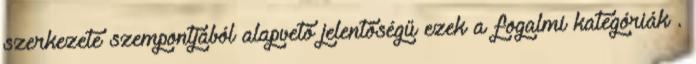
szerkezete szempontjából alapvető jelentőségű ezek a fogalmi kategóriák .